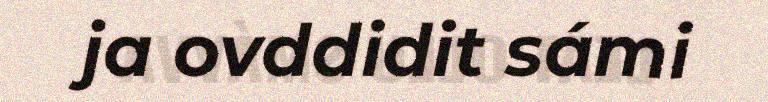
ja ovddidit sámi